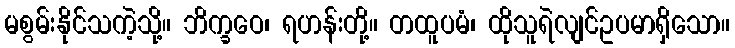
မစွမ်းနိုင်သကဲ့သို့။ ဘိက္ခဝေ၊ ရဟန်းတို့။ တထူပမံ၊ ထိုသူရဲလျင်ဥပမာရှိသော။